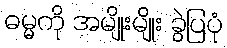
ဓမ္မကို အမျိုးမျိုး ခွဲပြပုံ